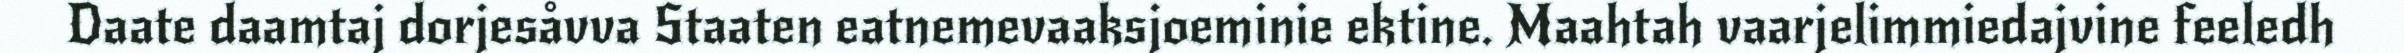
Daate daamtaj dorjesåvva Staaten eatnemevaaksjoeminie ektine. Maahtah vaarjelimmiedajvine feeledh